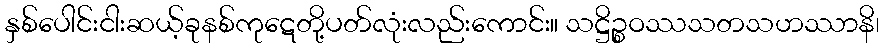
နှစ်ပေါင်းငါးဆယ့်ခုနစ်ကုဋေတို့ပတ်လုံးလည်းကောင်း။ သဋ္ဌိဉ္စဝဿသတသဟဿာနိ၊